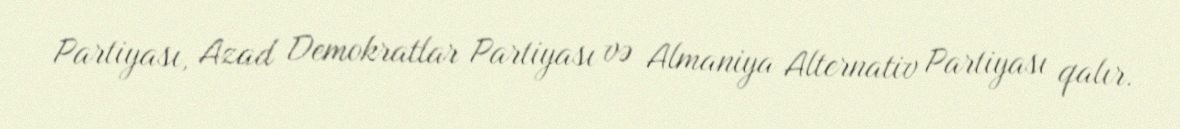
Partiyası, Azad Demokratlar Partiyası və Almaniya Alternativ Partiyası qalır.